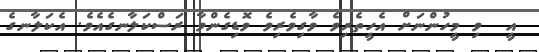
އީ  ވި މީހުންނަށް އެހީތެރިވެ ވާގިވެރިވެ ވޮޑިގެންވާ ރަސްކަލާނގެއެވެ. އެކަލާނގެ